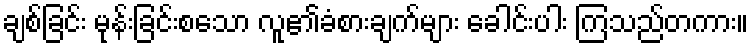
ချစ်ခြင်း မုန်းခြင်းစသော လူ၏ခံစားချက်များ ခေါင်းပါး ကြသည်တကား။